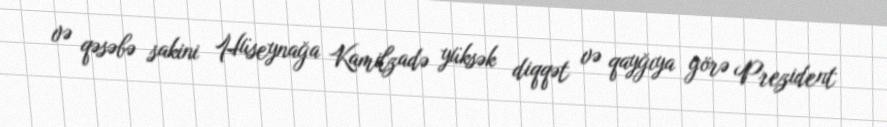
və qəsəbə sakini Hüseynağa Kamilzadə yüksək diqqət və qayğıya görə Prezident